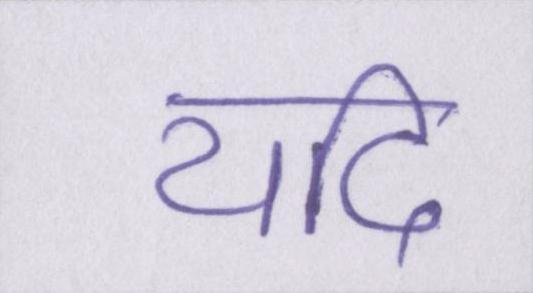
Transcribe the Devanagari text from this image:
यदि